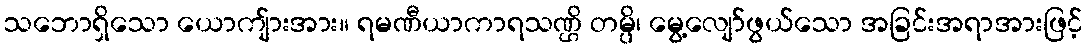
သဘောရှိသော ယောကျ်ားအား။ ရမဏီယာကာရသဏ္ဌိ တမ္ပိ၊ မွေ့လျော်ဖွယ်သော အခြင်းအရာအားဖြင့်